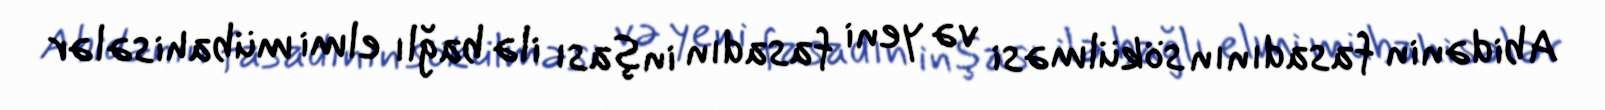
Abidənin fasadının sökülməsi və yeni fasadın inşası ilə bağlı elmi mübahisələr